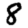
Digit: 8